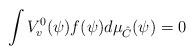
LaTeX: \begin{align*}\int V_v^0(\psi)f(\psi)d\mu_{\hat{C}}(\psi)=0\end{align*}